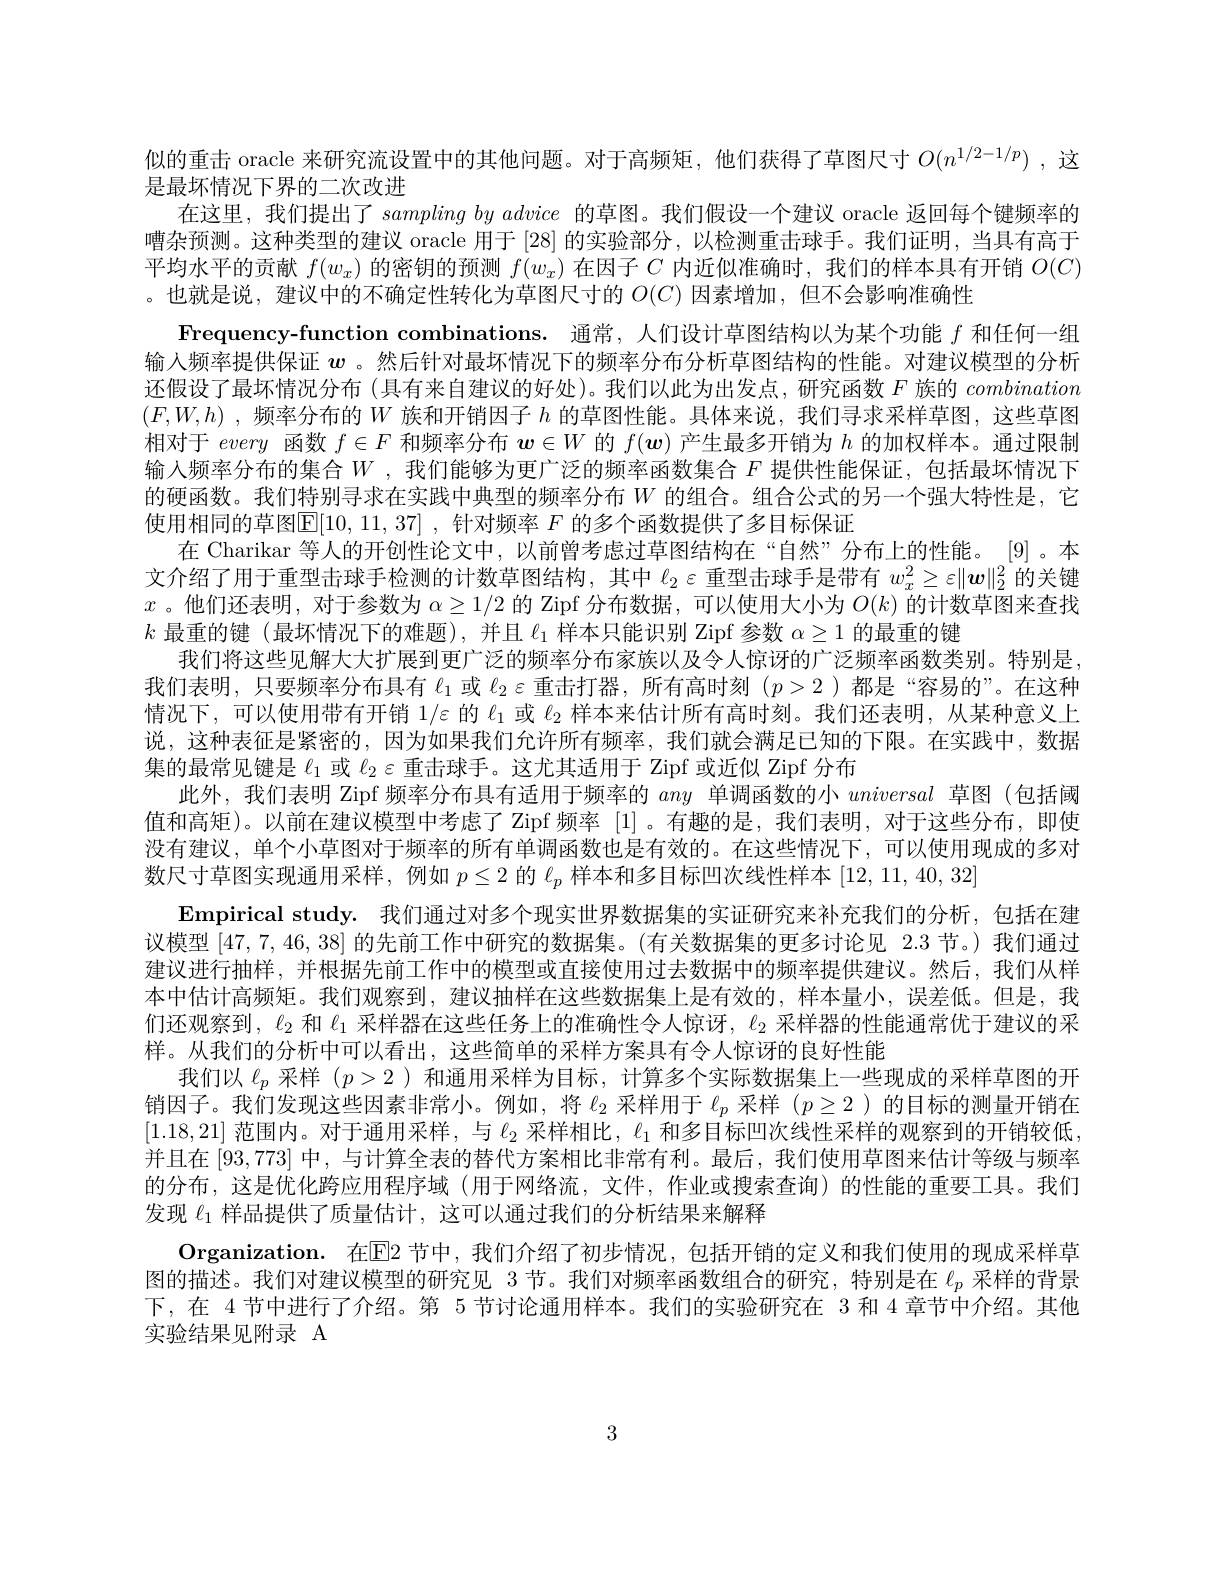
似的重击 oracle 来研究流设置中的其他问题。对于高频矩，他们获得了草图尺寸$O(n^{1/2-1/p})$ ,这
是最坏情况下界的二次改进
在这里，我们提出了$samplingby\textit{ advice 的 草 图 。我 们 假 设 一 个 建 议 oracle 返 回 每 个 键 频 率 的 }$ 嘈杂预测。这种类型的建议 oracle 用于[28]的实验部分，以检测重击球手。我们证明，当具有高于平均水平的贡献$f(w_x)$的密钥的预测$f(w_x)$在因子$C$内近似准确时，我们的样本具有开销$O(C)$ 。也就是说，建议中的不确定性转化为草图尺寸的$O(C)$因素增加，但不会影响准确性
Frequency-function combinations. 通常，人们设计草图结构以为某个功能$f$和任何一组输入频率提供保证$w$ 。然后针对最坏情况下的频率分布分析草图结构的性能。对建议模型的分析还假设了最坏情况分布 (具有来自建议的好处)。我们以此为出发点，研究函数$F$族的combination $(F,W,h)$ ,频率分布的$W$族和开销因子$h$的草图性能。具体来说，我们寻求采样草图，这些草图相对于every函数$f\in F$和频率分布$\boldsymbol{w}\in W$的$f(\boldsymbol{w})$产生最多开销为$h$的加权样本。通过限制输入频率分布的集合$W$ ,我们能够为更广泛的频率函数集合 $F$ 提供性能保证，包括最坏情况下的硬函数。我们特别寻求在实践中典型的频率分布$W$的组合。组合公式的另一个强大特性是，它使用相同的草图$\overline{\mathbb{E}}[10,11,37]$ ,针对频率 $F$ 的多个函数提供了多目标保证
在 Charikar 等人的开创性论文中，以前曾考虑过草图结构在“自然”分布上的性能。[9]。本文介绍了用于重型击球手检测的计数草图结构，其中$\ell_2\varepsilon$重型击球手是带有$w_x^2\geq\varepsilon\|\boldsymbol{w}\|_2^2$的关键$x$ 。他们还表明，对于参数为$\alpha\geq1/2$的 Zipf 分布数据，可以使用大小为$O(k)$的计数草图来查找$k$最重的键 (最坏情况下的难题),并且$\ell_1$样本只能识别 Zipf 参数$\alpha\geq1$的最重的键
我们将这些见解大大扩展到更广泛的频率分布家族以及令人惊讶的广泛频率函数类别。特别是我们表明，只要频率分布具有$\ell_1$或$\ell_2\varepsilon$重击打器，所有高时刻$(p>2)$都是 “容易的”。在这种情况下，可以使用带有开销 1/$\varepsilon$的$\ell_1$或$\ell_2$样本来估计所有高时刻。我们还表明，从某种意义上说，这种表征是紧密的，因为如果我们允许所有频率，我们就会满足已知的下限。在实践中，数据集的最常见键是$\ell_1$或$\ell_2\varepsilon$重击球手。这尤其适用于 Zipf 或近似 Zipf 分布
此外，我们表明 Zipf 频率分布具有适用于频率的any单调函数的小universal草图 (包括阈值和高矩)。以前在建议模型中考虑了 Zipf 频率[1] 。有趣的是，我们表明，对于这些分布，即使没有建议，单个小草图对于频率的所有单调函数也是有效的。在这些情况下，可以使用现成的多对数尺寸草图实现通用采样，例如$p\leq2$的$\ell_p$样本和多目标凹次线性样本[12,11,40,32]
$\textbf{Empirical study. 我 们 通 过 对 多 个 现 实 世 界 数 据 集 的 实 证 研 究 来 补 充 我 们 的 分 析 , 包 括 在 建 }$ 议模型[47,7,46,38]的先前工作中研究的数据集。(有关数据集的更多讨论见 2.3 节。)我们通过建议进行抽样，并根据先前工作中的模型或直接使用过去数据中的频率提供建议。然后，我们从样本中估计高频矩。我们观察到，建议抽样在这些数据集上是有效的，样本量小，误差低。但是，我们还观察到，$\ell_{2}$和$\ell_1$采样器在这些任务上的准确性令人惊讶，$\ell_2$采样器的性能通常优于建议的采样。从我们的分析中可以看出，这些简单的采样方案具有令人惊讶的良好性能
我们以$\ell_p$采样$(p>2)$和通用采样为目标，计算多个实际数据集上一些现成的采样草图的开销因子。我们发现这些因素非常小。例如，将$\ell_2$采样用于$\ell_p$采样$(p\geq2$ )的目标的测量开销在[1.18,21]范围内。对于通用采样，与$\ell_2$采样相比$,\ell_1$和多目标凹次线性采样的观察到的开销较低， 并且在$\left[93,773\right]$中，与计算全表的替代方案相比非常有利。最后，我们使用草图来估计等级与频率的分布，这是优化跨应用程序域(用于网络流，文件，作业或搜索查询)的性能的重要工具。我们发现$\ell_{1}$样品提供了质量估计，这可以通过我们的分析结果来解释
$\textbf{Organization. 在 E}2$节中，我们介绍了初步情况，包括开销的定义和我们使用的现成采样草图的描述。我们对建议模型的研究见 3 节。我们对频率函数组合的研究，特别是在$\ell_p$采样的背景下，在 4 节中进行了介绍。第 5 节讨论通用样本。我们的实验研究在 3 和 4 章节中介绍。其他实验结果见附录 A

3